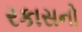
રકાસનો